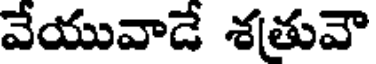
వేయువాడే శతువౌ